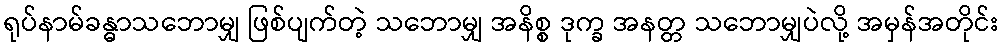
ရုပ်နာမ်ခန္ဓာသဘောမျှ ဖြစ်ပျက်တဲ့ သဘောမျှ အနိစ္စ ဒုက္ခ အနတ္တ သဘောမျှပဲလို့ အမှန်အတိုင်း